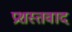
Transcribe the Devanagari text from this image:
प्रशस्तवाद